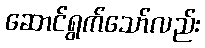
ဆောင်ရွက်သော်လည်း